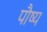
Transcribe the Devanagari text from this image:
पौष्य